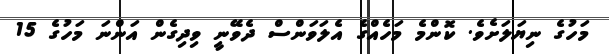
މަހުގެ ނިޔަލަށެވެ. ކޮންމެ މަހެއްގެ އެލަވަންސް ދެވޭނީ ވިދިގެން އަންނަ މަހުގެ 15